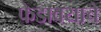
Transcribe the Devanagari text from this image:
फेडावयाचे